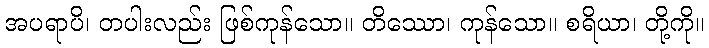
အပရာပိ၊ တပါးလည်း ဖြစ်ကုန်သော။ တိဿော၊ ကုန်သော။ စရိယာ၊ တို့ကို။